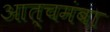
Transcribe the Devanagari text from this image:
आत्चमंबा